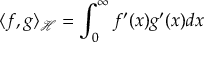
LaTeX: \langle f , g \rangle _ { \mathcal { H } } = \int _ { 0 } ^ { \infty } f ^ { \prime } ( x ) g ^ { \prime } ( x ) d x